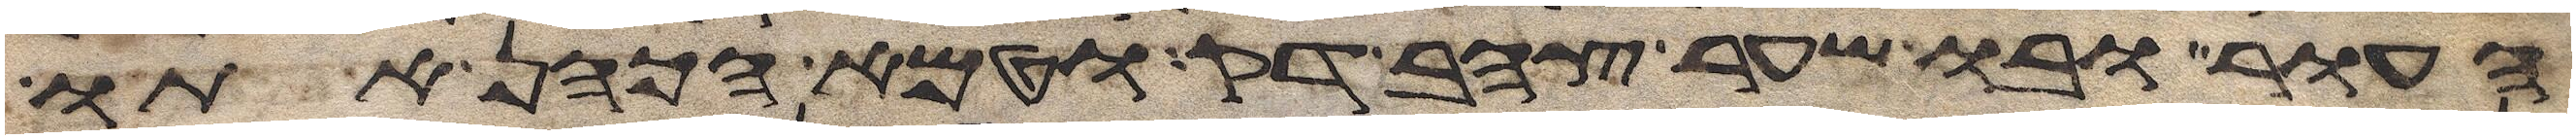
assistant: העור ובו שער צהב דק וטמא הכהן אתו